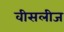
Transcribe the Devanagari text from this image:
वीसलीज